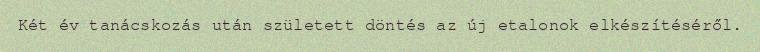
Két év tanácskozás után született döntés az új etalonok elkészítéséről.